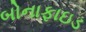
બોનાફાઇડ